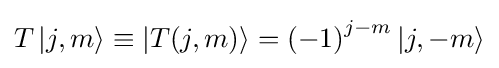
T\left|j,m\right\rangle \equiv \left|T(j,m)\right\rangle ={(-1)}^{j-m}\left|j,-m\right\rangle